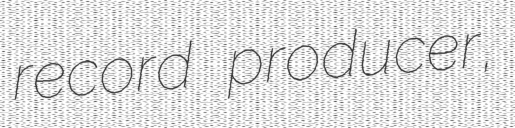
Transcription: record producer,